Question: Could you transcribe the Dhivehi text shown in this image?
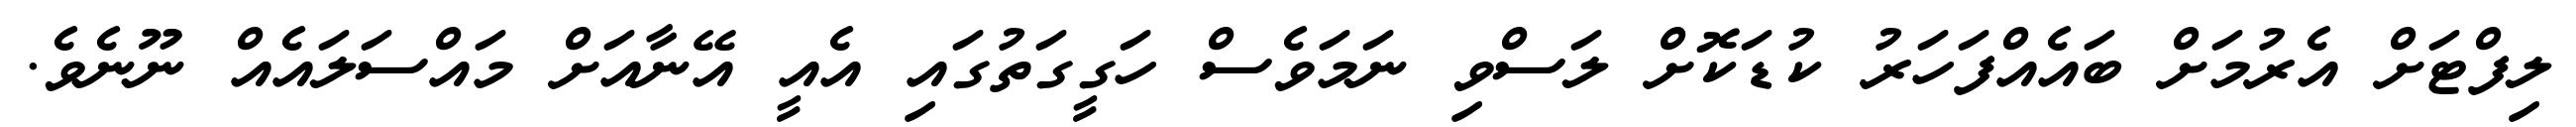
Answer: ލިފްޓަށް އެރުމަށް ބައެއްފަހަރު ކުޑަކޮށް ލަސްވި ނަމަވެސް ހަގީގަތުގައި އެއީ އޭނާއަށް މައްސަލައެއް ނޫނެވެ.